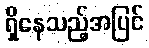
ရှိနေသည့်အပြင်